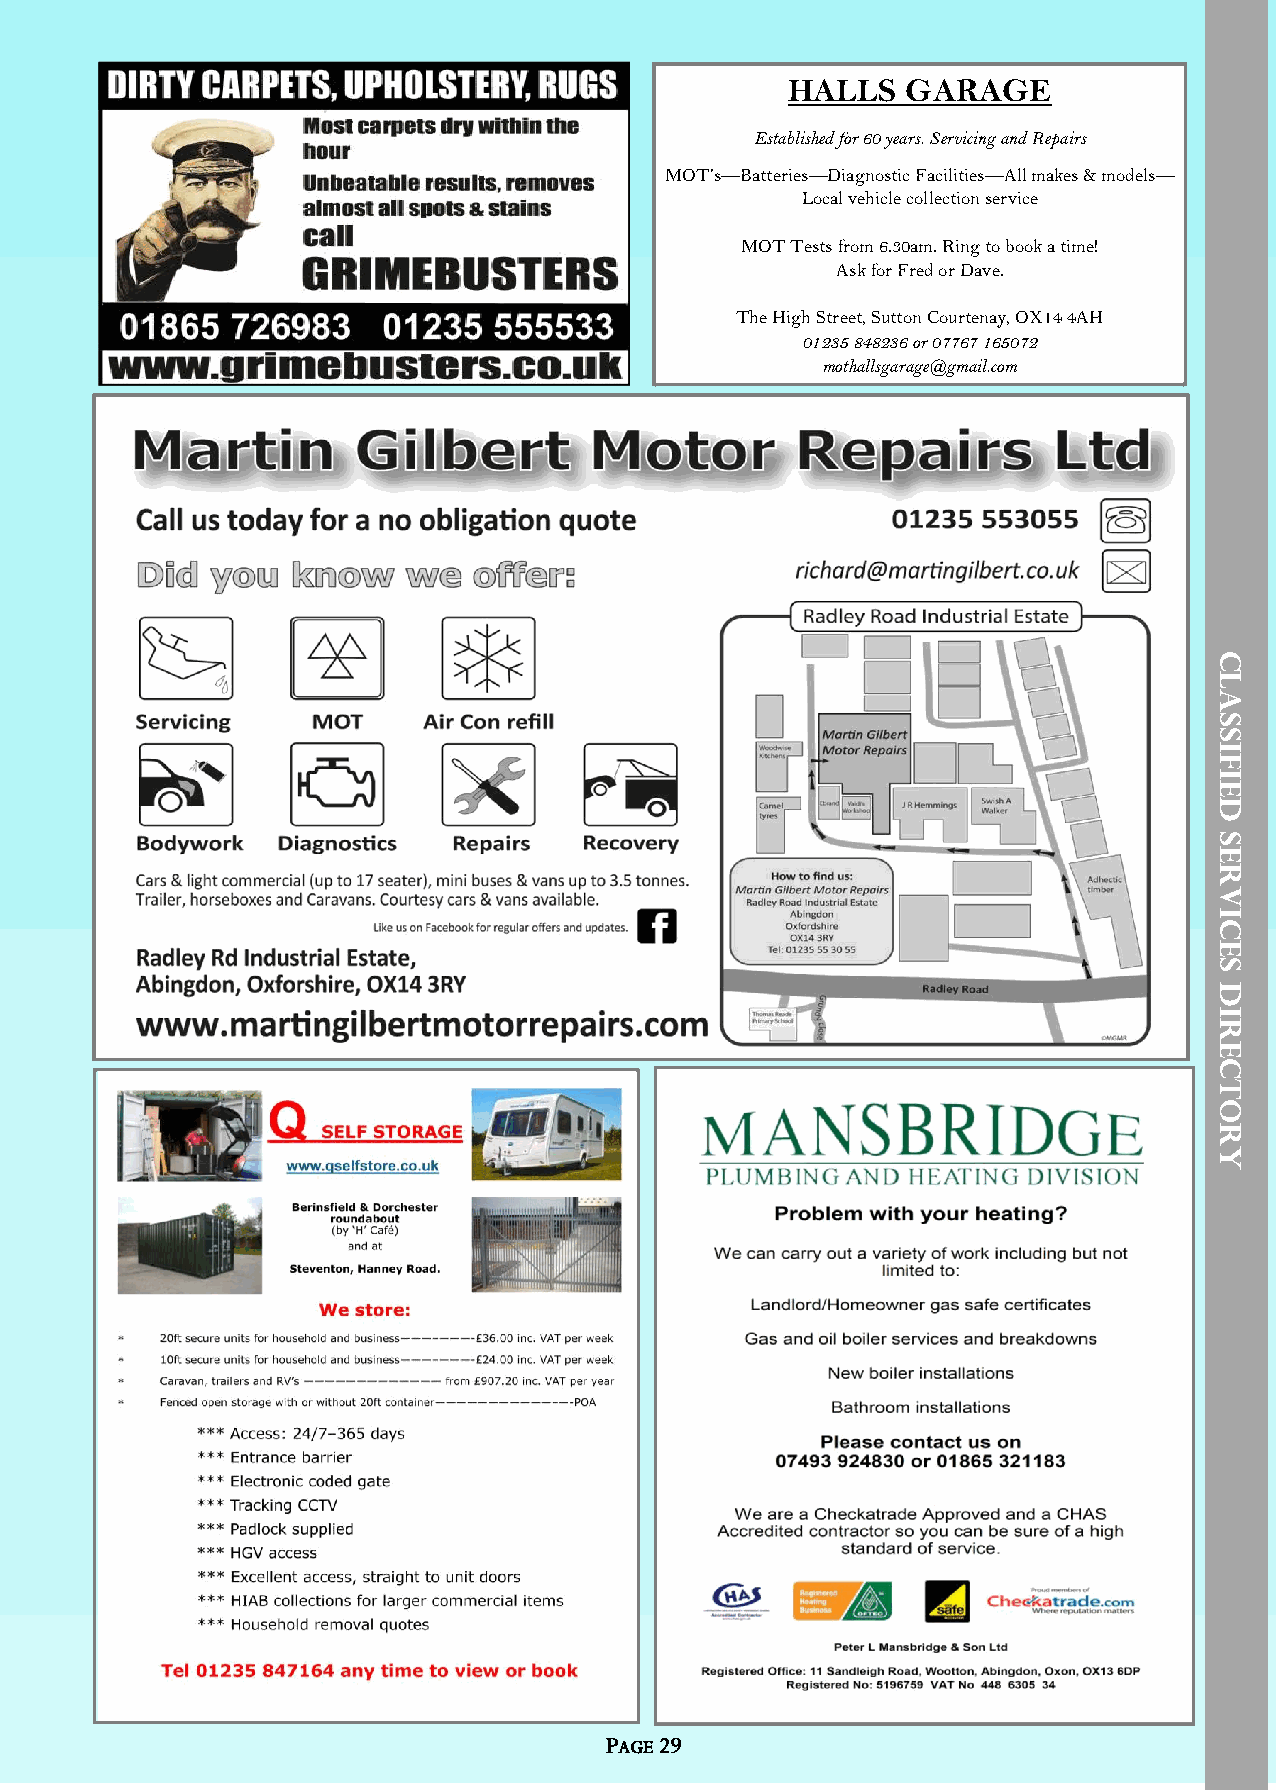
HALLS   GARAGE
 Established for 60 years. Servicing and Repairs
 MOT’s—Batteries—Diagnostic Facilities—All makes & models—
 Local vehicle collection service
 MOT Tests from 6.30am. Ring to book a time!
 Ask for Fred or Dave.
 The High Street, Sutton Courtenay, OX14 4AH
 01235 848236 or 07767 165072
 mothallsgarage@gmail.com
 C
 L
 A
 S
 S
 I
 F
 I
 E
 D
 S
 E
 R
 V
 I
 C
 E
 S
 D
 I
 R
 E
 C
 T
 O
 R
 Y
 PAGE 29